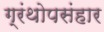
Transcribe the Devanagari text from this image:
ग्रंथोपसंहार